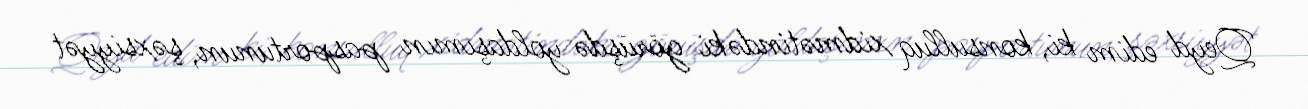
Qeyd edim ki, konsulluq xidmətindəki görüşdə yoldaşımın pasportunun, şəxsiyyət